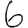
Digit: 6